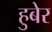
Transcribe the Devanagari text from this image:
हुबेर